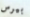
بيرس